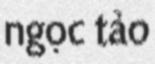
ngọc tảo